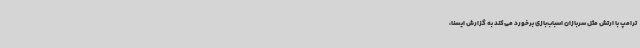
ترامپ با ارتش مثل سربازان اسباب‌بازی برخورد می‌کند به گزارش ایسنا،